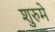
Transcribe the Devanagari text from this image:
शुरुमे